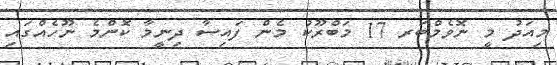
މިއަދު މީ ނޮވެމްބަރ 17 މަބްރޫކު މެން ފައިސާ ދިނީމާ ކޮންެމެ ނޫހެއްގައި